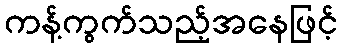
ကန့်ကွက်သည့်အနေဖြင့်